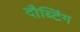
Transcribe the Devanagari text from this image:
दौब्टिंग